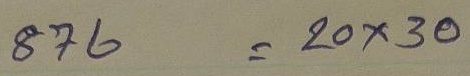
876 = 20 x 30